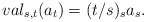
\begin{align*}val_{s,t}(a_{t})=(t/s)_{s}a_{s}. \end{align*}